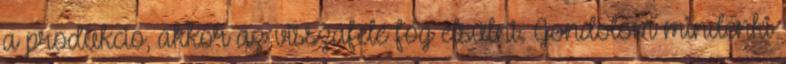
a produkció, akkor az visszafelé fog elsülni. Gondolom mindenki